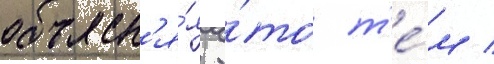
объясн'я́я э́то т'е́м /